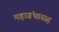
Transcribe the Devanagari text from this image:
महाग्रंथासह